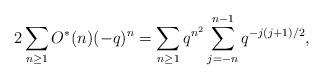
LaTeX: \begin{align*}2\sum_{n\ge1}O^{*}(n)(-q)^n=\sum_{n\ge1}q^{n^2}\sum_{j=-n}^{n-1}q^{-j(j+1)/2},\end{align*}